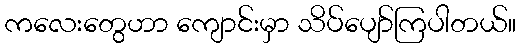
ကလေးတွေဟာ ကျောင်းမှာ သိပ်ပျော်ကြပါတယ်။